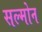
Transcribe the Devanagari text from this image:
सल्मोन